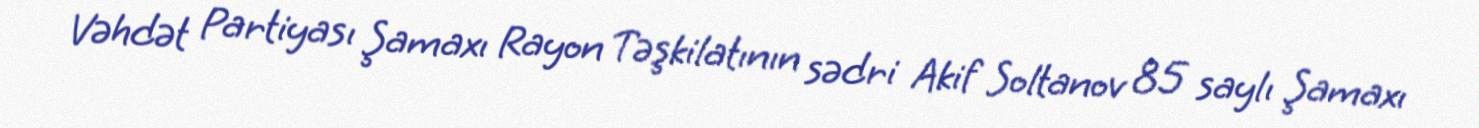
Vəhdət Partiyası Şamaxı Rayon Təşkilatının sədri Akif Soltanov 85 saylı Şamaxı